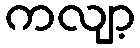
ကလျာ့